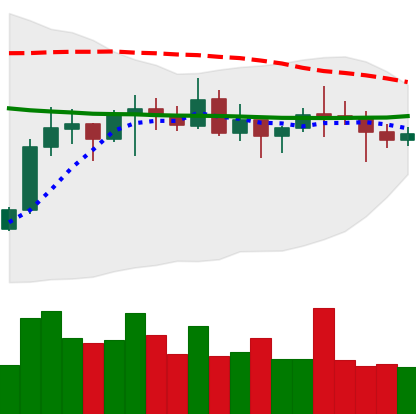
Ticker: ETC-USD
Chart end date: 2021-10-19
Forward return: 3.997%
Label: up_3_5